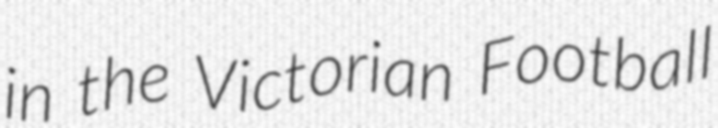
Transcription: in the Victorian Football